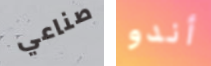
صناعي أندو